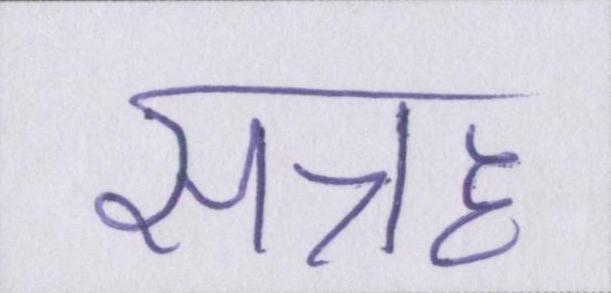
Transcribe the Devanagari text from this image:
सत्रह